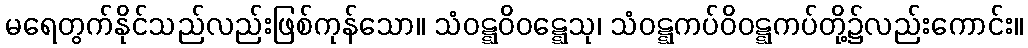
မရေတွက်နိုင်သည်လည်းဖြစ်ကုန်သော။ သံဝဋ္ဋဝိဝဋ္ဋေသု၊ သံဝဋ္ဋကပ်ဝိဝဋ္ဋကပ်တို့၌လည်းကောင်း။